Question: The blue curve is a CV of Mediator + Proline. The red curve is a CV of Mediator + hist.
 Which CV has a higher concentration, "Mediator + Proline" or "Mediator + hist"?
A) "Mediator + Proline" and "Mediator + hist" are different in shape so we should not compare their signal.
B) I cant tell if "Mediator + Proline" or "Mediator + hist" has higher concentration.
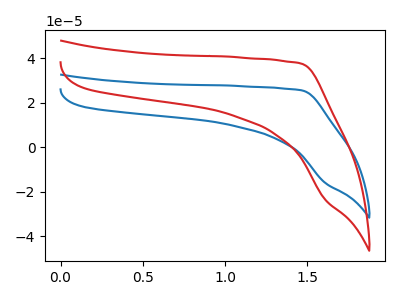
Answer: <think>The blue curve "Mediator + Proline" has no peaks. The red curve "Mediator + hist" has no peaks.
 Neither "Mediator + Proline" or "Mediator + hist" have any peaks.</think>
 <answer>B) I cant tell if "Mediator + Proline" or "Mediator + hist" has higher concentration.</answer>
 <eval>B</eval>